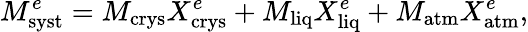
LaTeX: M_{\mathrm{syst}}^{e}=M_{\mathrm{crys}}X_{\mathrm{crys}}^{e}+M_{\mathrm{liq}}X_{\mathrm{liq}}^{e}+M_{\mathrm{atm}}X_{\mathrm{atm}}^{e},